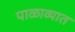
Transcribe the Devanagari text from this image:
पाळाव्यात